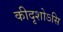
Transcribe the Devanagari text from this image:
कीदृशोऽसि